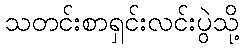
သတင်းစာရှင်းလင်းပွဲသို့